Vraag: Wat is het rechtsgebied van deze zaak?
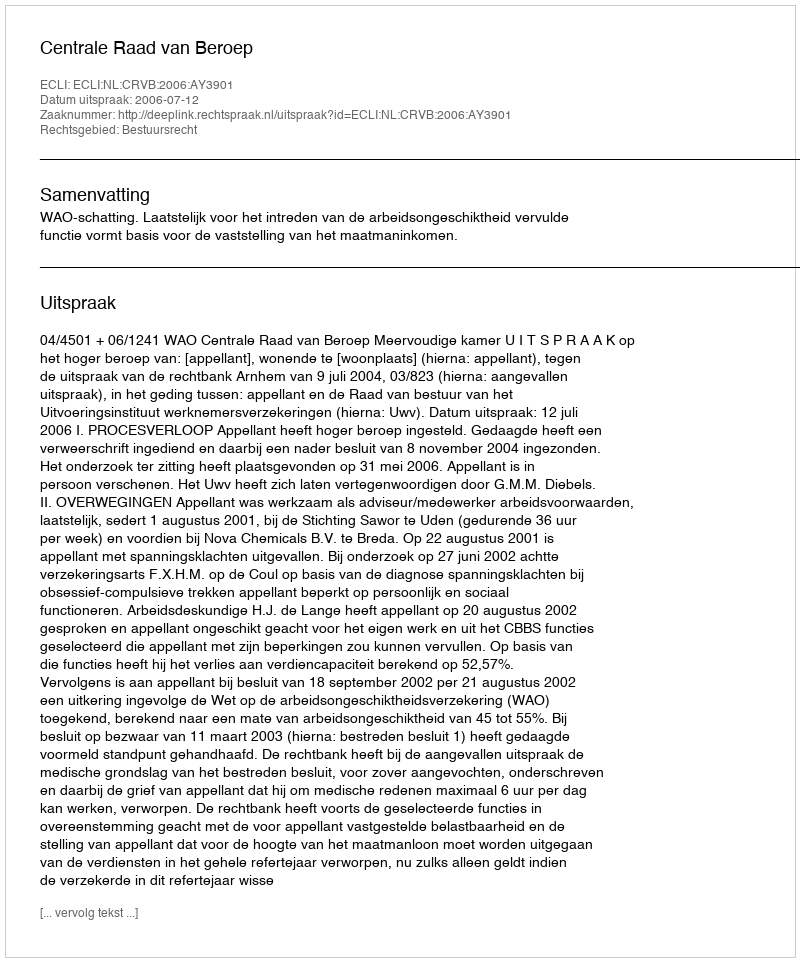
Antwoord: Bestuursrecht